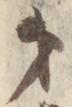
第